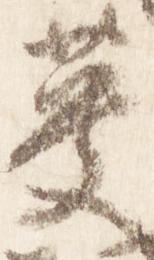
英